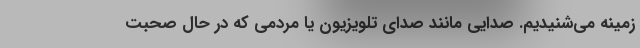
زمینه می‌شنیدیم. صدایی مانند صدای تلویزیون یا مردمی که در حال صحبت